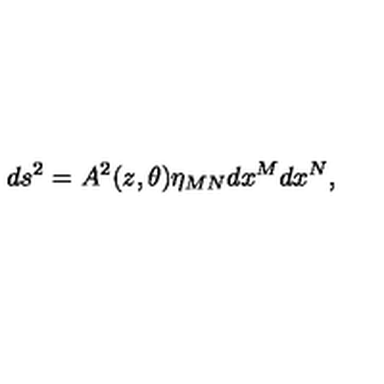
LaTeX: d s ^ { 2 } = A ^ { 2 } ( z , \theta ) \eta _ { M N } d x ^ { M } d x ^ { N } ,